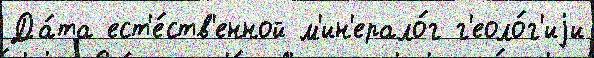
Да́та ест'е́ств'енной м'ин'ерало́г г'еоло́г'иjи